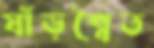
ষাঁড়শ্বৈত